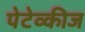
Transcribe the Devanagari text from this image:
पेटेव्कीज